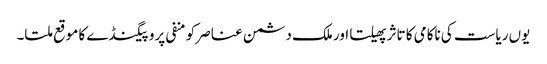
یوں ریاست کی ناکامی کا تاثر پھیلتا اور ملک دشمن عناصر کو منفی پروپیگنڈے کا موقع ملتا۔